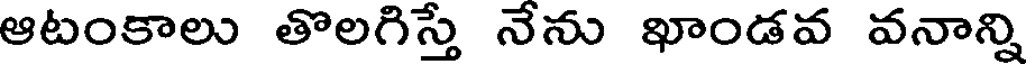
ఆటంకాలు తొలగిస్తే నేను ఖాండవ వనాన్ని